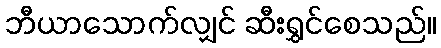
ဘီယာသောက်လျှင် ဆီးရွှင်စေသည်။